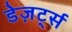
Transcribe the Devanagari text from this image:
डेज़र्ट्स